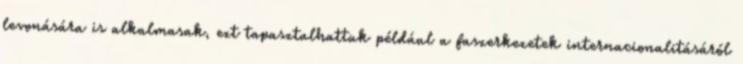
levonására is alkalmasak, ezt tapasztalhattuk például a faszerkezetek internacionalitásáról